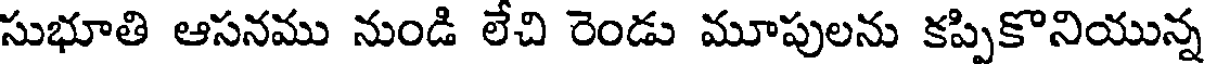
సుభూతి ఆసనము నుండి లేచి రెండు మూపులను కప్పికొనియున్న